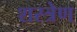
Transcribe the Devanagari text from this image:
शस्त्रेण